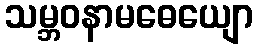
သမ္ဘဝနာမဓေယျော